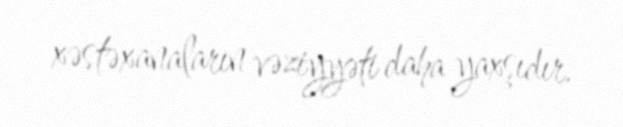
xəstəxanaların vəziyyəti daha yaxşıdır.